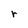
Character: r